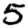
Digit: 5